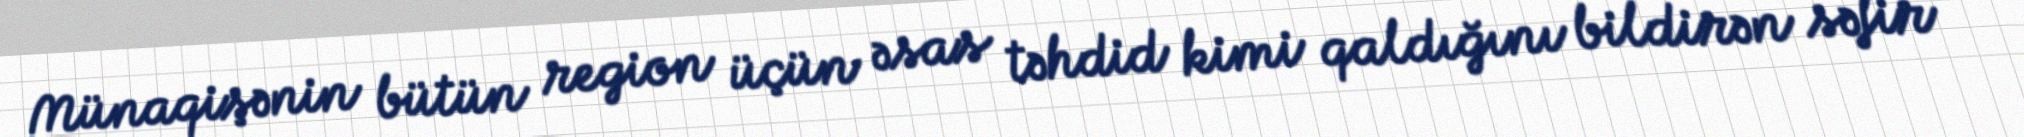
Münaqişənin bütün region üçün əsas təhdid kimi qaldığını bildirən səfir